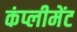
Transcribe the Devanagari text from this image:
कंप्लीमेंट